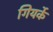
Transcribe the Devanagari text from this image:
गियर्के